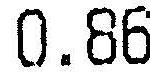
0.86